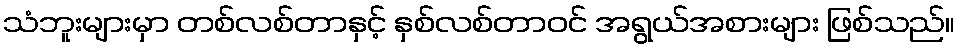
သံဘူးများမှာ တစ်လစ်တာနှင့် နှစ်လစ်တာဝင် အရွယ်အစားများ ဖြစ်သည်။